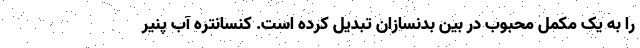
را به یک مکمل محبوب در بین بدنسازان تبدیل کرده است. کنسانتره آب پنیر